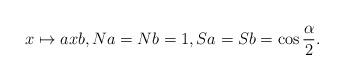
LaTeX: \begin{align*}x\mapsto axb, Na=Nb=1,Sa=Sb=\cos\frac{\alpha}{2}.\end{align*}